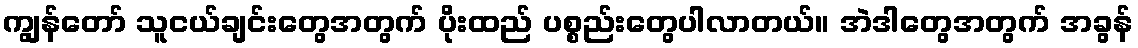
ကျွန်တော် သူငယ်ချင်းတွေအတွက် ပိုးထည် ပစ္စည်းတွေပါလာတယ်။ အဲဒါတွေအတွက် အခွန်